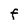
Character: F